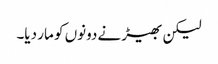
لیکن بھیڑ نے دونوں کو مار دیا۔